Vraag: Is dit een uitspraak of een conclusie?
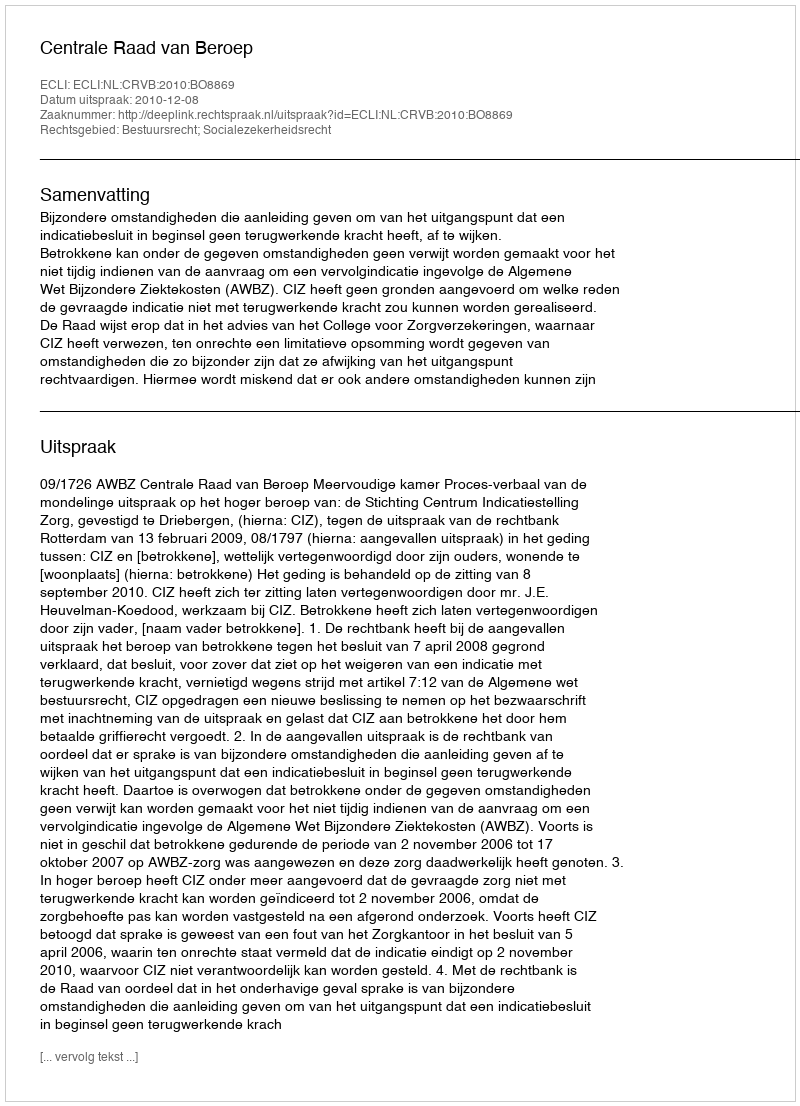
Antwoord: Uitspraak